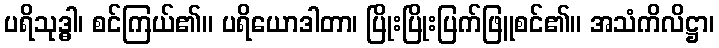
ပရိသုဒ္ဓါ၊ စင်ကြယ်၏။ ပရိယောဒါတာ၊ ပြိုးပြိုးပြက်ဖြူစင်၏။ အသံကိလိဋ္ဌာ၊